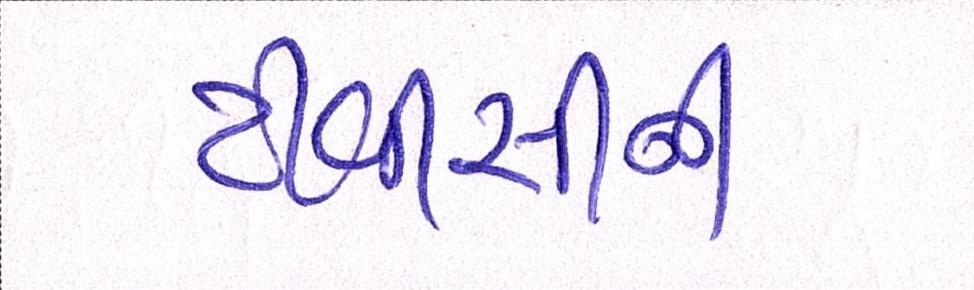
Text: ટીવીસીની